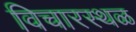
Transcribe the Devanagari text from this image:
विचारस्थळ